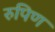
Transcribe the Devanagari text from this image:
रुपिण